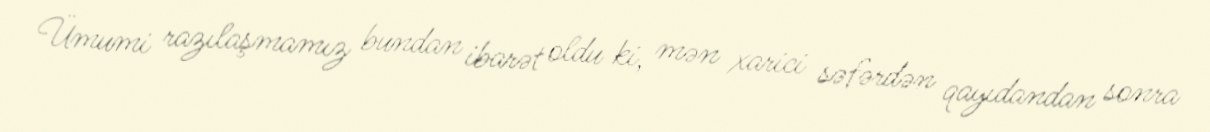
Ümumi razılaşmamız bundan ibarət oldu ki, mən xarici səfərdən qayıdandan sonra